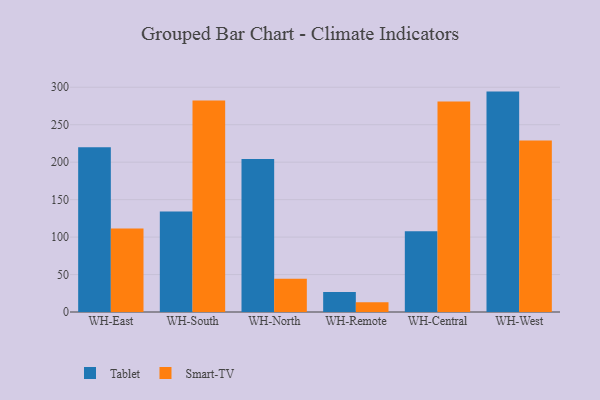
{"axis": {"x": "Warehouse", "y": "Market Share (%)"}, "legend": ["Smart-TV", "Tablet"], "data": [{"x": "WH-East", "y": 219.8, "type": "Tablet"}, {"x": "WH-East", "y": 111.4, "type": "Smart-TV"}, {"x": "WH-South", "y": 134.2, "type": "Tablet"}, {"x": "WH-South", "y": 282.3, "type": "Smart-TV"}, {"x": "WH-North", "y": 204.1, "type": "Tablet"}, {"x": "WH-North", "y": 44.5, "type": "Smart-TV"}, {"x": "WH-Remote", "y": 26.8, "type": "Tablet"}, {"x": "WH-Remote", "y": 13.1, "type": "Smart-TV"}, {"x": "WH-Central", "y": 107.9, "type": "Tablet"}, {"x": "WH-Central", "y": 280.9, "type": "Smart-TV"}, {"x": "WH-West", "y": 294.2, "type": "Tablet"}, {"x": "WH-West", "y": 228.8, "type": "Smart-TV"}]}